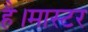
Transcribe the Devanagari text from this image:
है।मास्‍टर